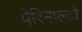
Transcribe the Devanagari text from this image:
पेरिनाल्डो